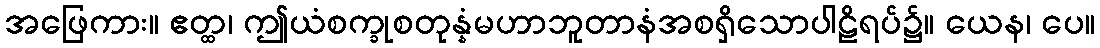
အဖြေကား။ ဧတ္ထ၊ ဤယံစက္ခုစတုန္နံမဟာဘူတာနံအစရှိသောပါဠိရပ်၌။ ယေန၊ ပေ။